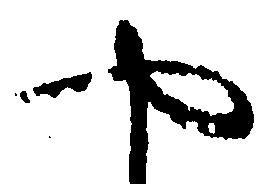
や